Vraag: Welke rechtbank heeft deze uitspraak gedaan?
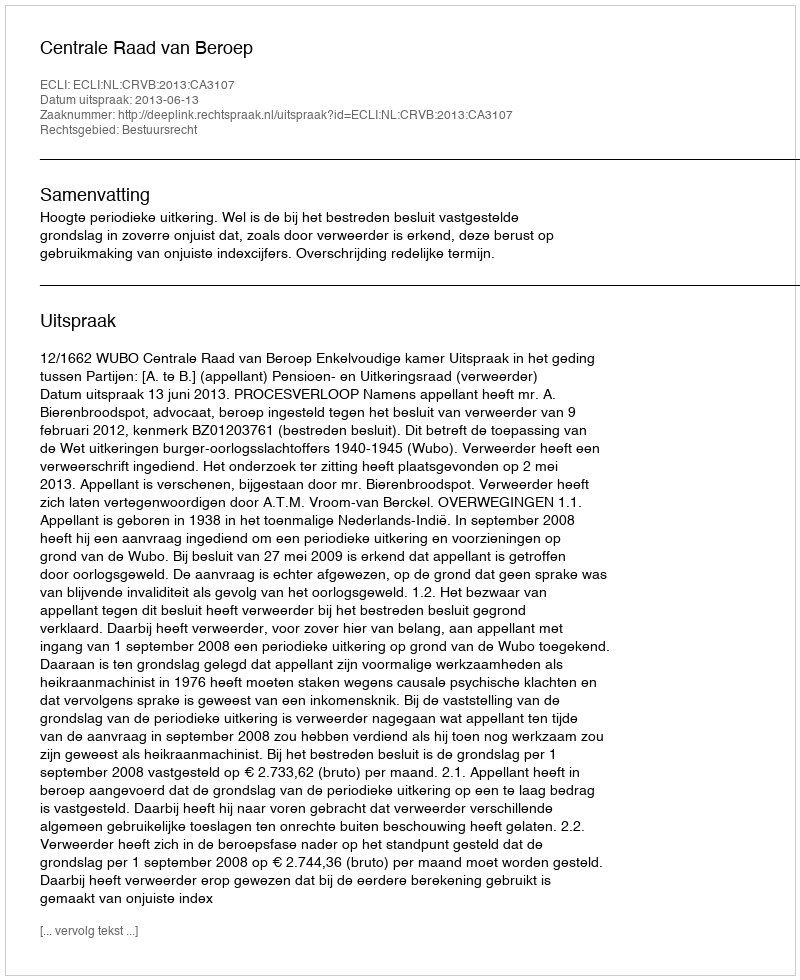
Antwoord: Centrale Raad van Beroep